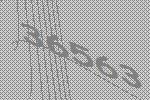
36563